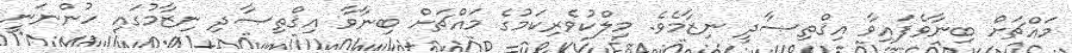
މައްޗަށް ބިނާވެފައިވާ އިޤްތިޞާދީ ނިޒާމެވެ. މިލްކުވެރިކަމުގެ މައްޗަށް ބިނާވާ އިޤްތިޞާދި ނިޒާމުގައި ހުންނަނީ